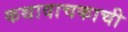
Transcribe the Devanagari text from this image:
कथावाचकाची